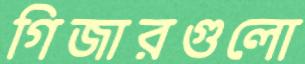
গিজারগুলো